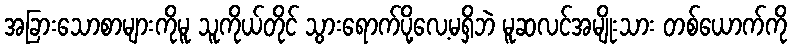
အခြားသောစာများကိုမူ သူကိုယ်တိုင် သွားရောက်ပို့လေ့မရှိဘဲ မူဆလင်အမျိုးသား တစ်ယောက်ကို